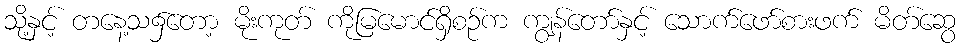
သို့နှင့် တနေ့သ၌တော့ မိုးကုတ် ကိုမြမောင်ရှိစဉ်က ကျွန်တော်နှင့် သောက်ဖော်စားဖက် မိတ်ဆွေ